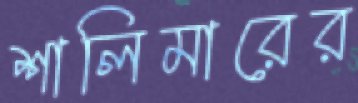
শালিমারের